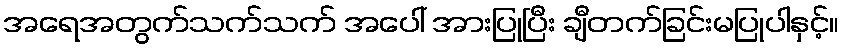
အရေအတွက်သက်သက် အပေါ် အားပြုပြီး ချီတက်ခြင်းမပြုပါနှင့်။